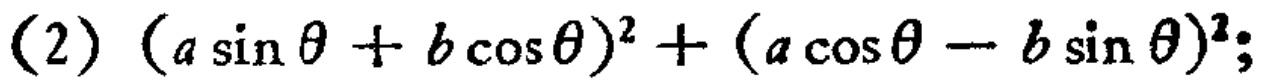
(2) \((a\sin\theta + b\cos\theta)^2 + (a\cos\theta - b\sin\theta)^2\);